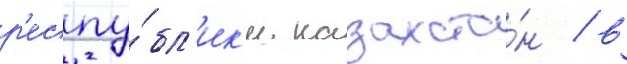
р'еспу́бл'ик'и казахста́н / в